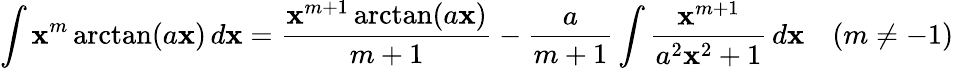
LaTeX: \int\mathbf{x}^{m}\arctan(a\mathbf{x})\, d\mathbf{x}={\frac{{\mathbf{x}^{m+1}\arctan(a\mathbf{x})}}{{m+1}}}-{\frac{{a}}{{m+1}}}\int{\frac{{\mathbf{x}^{m+1}}}{{a^{2}\mathbf{x}^{2}+1}}}\, d\mathbf{x}\quad(m\neq-1)